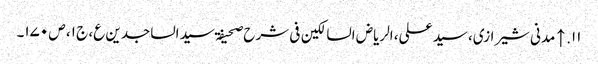
۱۱. ↑ مدنی شیرازی، سید علی، الریاض السالکین فی شرح صحیفۃ سید الساجدین ع، ج ۱، ص ۱۷۰۔